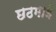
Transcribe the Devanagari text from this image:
छठमाई